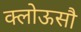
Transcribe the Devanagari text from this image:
क्लोऊसौ